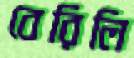
বেরিলি